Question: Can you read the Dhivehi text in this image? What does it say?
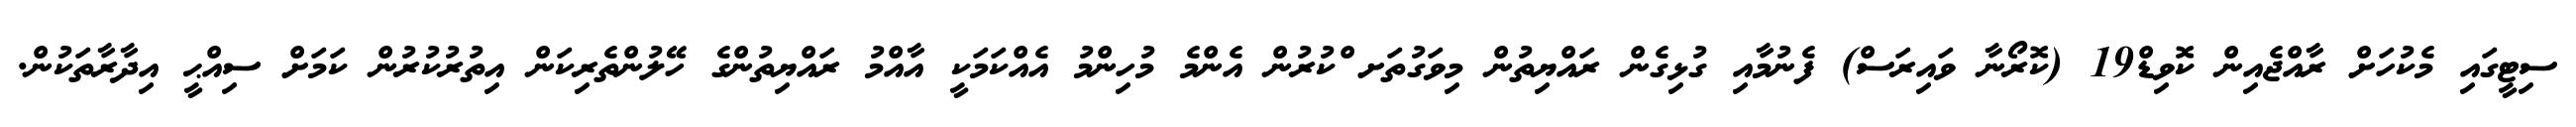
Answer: ސިޓީގައި މެކުހަށް ރާއްޖެއިން ކޮވިޑް19 (ކޮރޯނާ ވައިރަސް) ފެނުމާއި ގުޅިގެން ރައްޔިތުން މިވަގުތަށ ްކުރުން އެންމެ މުހިންމު އެއްކަމަކީ އާއްމު ރައްޔިތުންގެ ހޭލުންތެރިކަން އިތުރުކުރުން ކަމަށް ސިއްޙީ އިދާރާތަކުން.